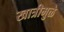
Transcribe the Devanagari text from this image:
खात्रीमुळे